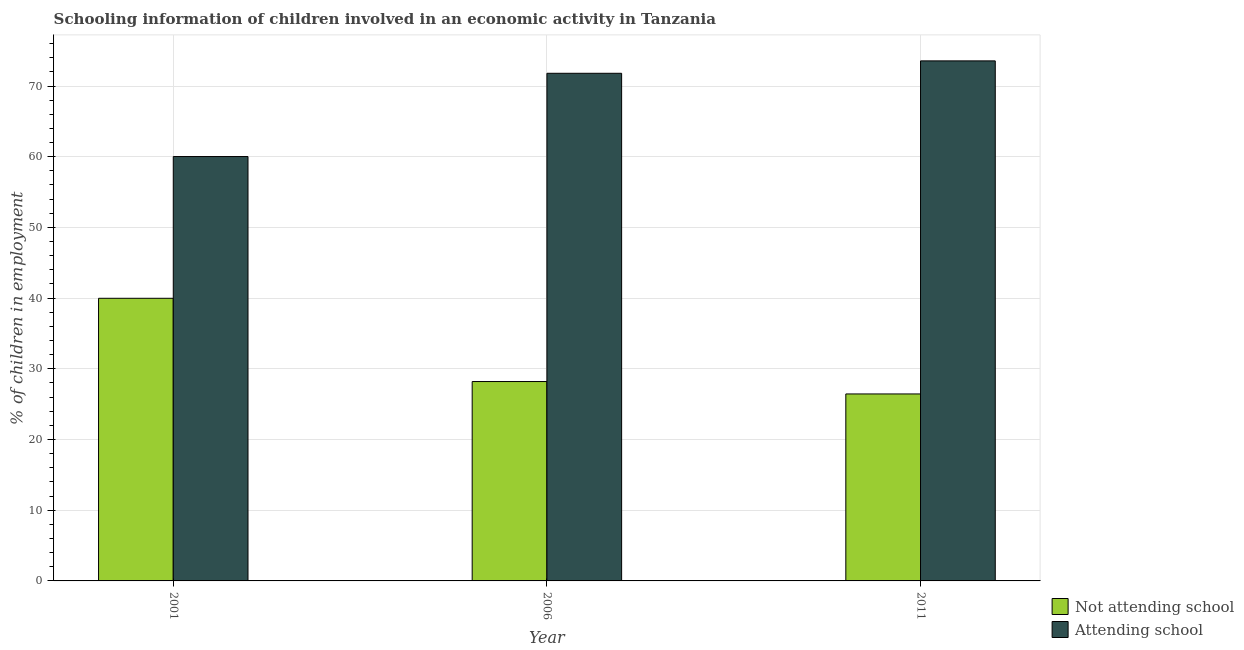
| Year | Not attending school | Attending school |
 | --- | --- | --- |
 | 2001 | 40 | 60 |
 | 2006 | 28.2 | 71.8 |
 | 2011 | 26.4 | 73.6 |